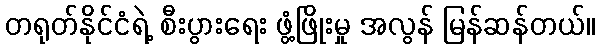
တရုတ်နိုင်ငံရဲ့ စီးပွားရေး ဖွံ့ဖြိုးမှု အလွန် မြန်ဆန်တယ်။